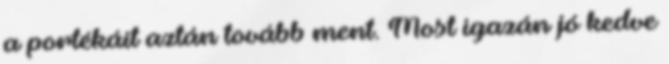
a portékáit aztán tovább ment. Most igazán jó kedve